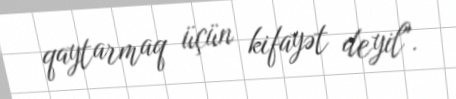
qaytarmaq üçün kifayət deyil".